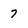
Character: 7